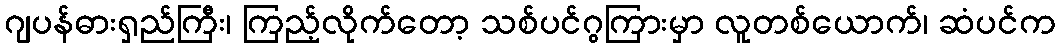
ဂျပန်ဓားရှည်ကြီး၊ ကြည့်လိုက်တော့ သစ်ပင်ဂွကြားမှာ လူတစ်ယောက်၊ ဆံပင်က